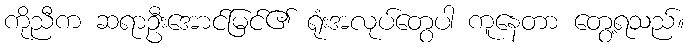
ကိုညီက ဆရာဦးအောင်မြင်၏ ရုံးအလုပ်တွေပါ ကူနေတာ တွေ့ရသည်။